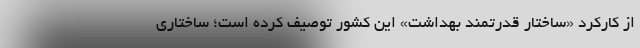
از کارکرد «ساختار قدرتمند بهداشت» این کشور توصیف کرده است؛ ساختاری